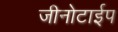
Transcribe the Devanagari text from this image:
जीनोटाईप